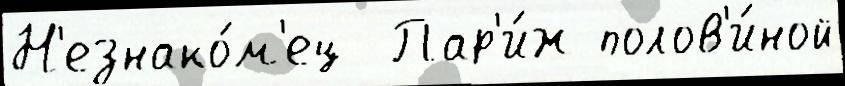
Н'езнако́м'ец  Пар'и́ж полов'и́ной